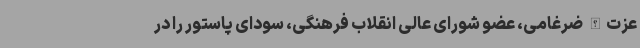
عزت‌الله ضرغامی، عضو شورای عالی انقلاب فرهنگی، سودای پاستور را در